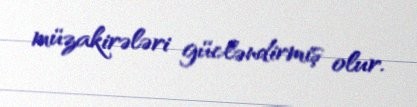
müzakirələri gücləndirmiş olur.